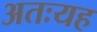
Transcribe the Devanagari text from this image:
अतःयह